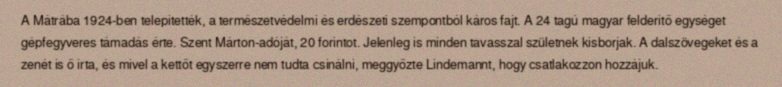
A Mátrába 1924-ben telepítették, a természetvédelmi és erdészeti szempontból káros fajt. A 24 tagú magyar felderítő egységet gépfegyveres támadás érte. Szent Márton-adóját, 20 forintot. Jelenleg is minden tavasszal születnek kisborjak. A dalszövegeket és a zenét is ő írta, és mivel a kettőt egyszerre nem tudta csinálni, meggyőzte Lindemannt, hogy csatlakozzon hozzájuk.